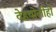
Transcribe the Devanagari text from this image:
देहबोलीही